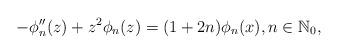
LaTeX: \begin{align*}-\phi_n''(z) + z^2 \phi_n(z) = (1+2n) \phi_n(x), n \in \mathbb{N}_0,\end{align*}